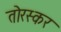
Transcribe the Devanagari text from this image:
तोरस्कर